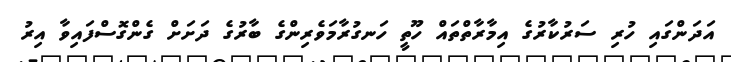
އަދަންގައި ހުރި ސަރުކާރުގެ އިމާރާތްތައް ހޫތީ ހަނގުރާމަވެރިންގެ ބާރުގެ ދަށަށް ގެންގޮސްފައިވާ އިރު